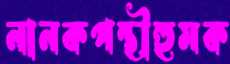
নানকপন্থীহুমক